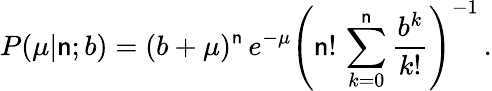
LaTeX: P(\mu|\mathsf{n};b)=(b+\mu)^{\mathsf{n}}\, e^{-\mu}\left(\displaystyle\mathsf{n}!\, \sum_{k=0}^{\mathsf{n}}\frac{{b^{k}}}{{k!}}\right)^{-1}\, .